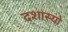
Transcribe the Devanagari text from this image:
दशास्यो